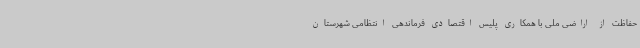
حفاظت از اراضی ملی با همکاری پلیس اقتصادی فرماندهی انتظامی شهرستان